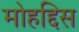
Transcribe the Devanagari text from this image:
मोहद्दिस